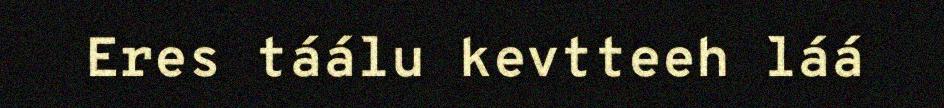
Eres táálu kevtteeh láá